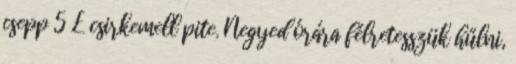
csepp 5 £ csirkemell pite. Negyed órára félretesszük hűlni,